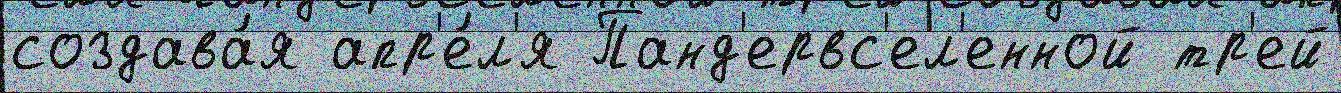
создава́я апр'е́л'я Панд'ервс'ел'енной тр'ей